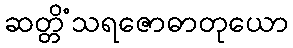
ဆတ္တိံသရဇောဓာတုယော